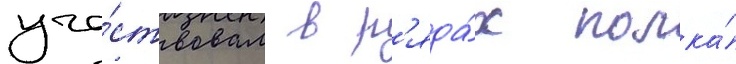
уча́ствовал в р'яда́х полка́